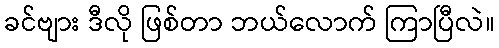
ခင်ဗျား ဒီလို ဖြစ်တာ ဘယ်လောက် ကြာပြီလဲ။